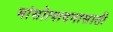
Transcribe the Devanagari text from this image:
मांसोत्पादनासाठी